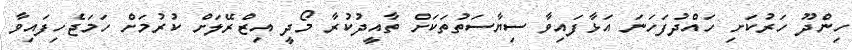
ހިންދޫ ހަރުކަށި ހައްދުފަހަނަ އަޅާފައިވާ ސިޔާސަތުތަކަށް ތާއީދުކުރާ މޯދީ އިޒްރޭލަށް ކުރުމަށް ހަމަޖެހިފައިވާ